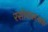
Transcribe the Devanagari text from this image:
रसोपासनाके